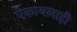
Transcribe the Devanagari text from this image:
ऐकायलाही